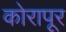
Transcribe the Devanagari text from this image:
कोरापूर